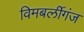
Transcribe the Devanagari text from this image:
विमबर्लीगंज